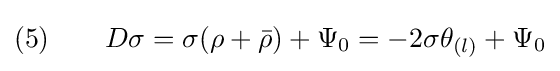
(5)\qquad D\sigma =\sigma (\rho +{\bar {\rho }})+\Psi _{0}=-2\sigma \theta _{(l)}+\Psi _{0}